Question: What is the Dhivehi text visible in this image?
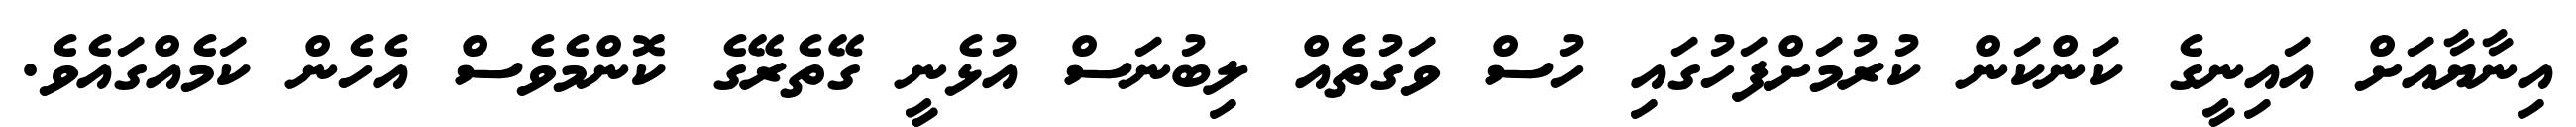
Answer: އިނާޔާއަށް އައިނީގެ ކަންކަން ކުރުމަށްފަހުގައި ހުސް ވަގުތެއް ލިބުނަސް އުޅެނީ ގޭތެރޭގެ ކޮންމެވެސް އެހެން ކަމެއްގައެވެ.